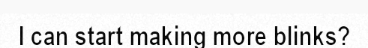
I can start making more blinks?